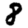
Digit: 8